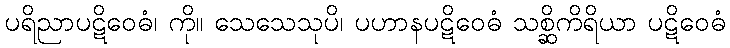
ပရိညာပဋိဝေဓံ၊ ကို။ သေသေသုပိ၊ ပဟာနပဋိဝေဓံ သစ္ဆိကိရိယာ ပဋိဝေဓံ